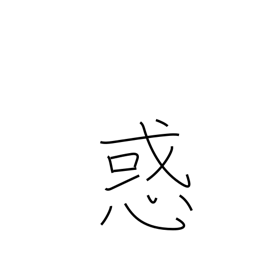
Meaning: perplexity